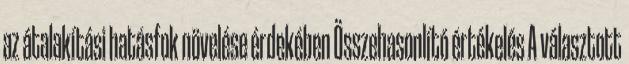
az átalakítási hatásfok növelése érdekében Összehasonlító értékelés A választott